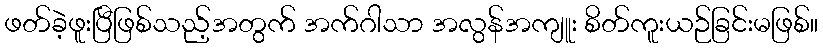
ဖတ်ခဲ့ဖူးပြီဖြစ်သည့်အတွက် အက်ဂါသာ အလွန်အကျူး စိတ်ကူးယဉ်ခြင်းမဖြစ်။